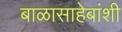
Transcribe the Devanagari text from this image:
बाळासाहेबांशी